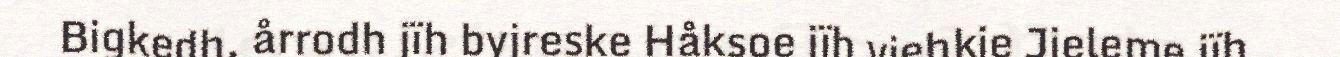
Bigkedh, årrodh jïh byjreske Håksoe jïh viehkie Jieleme jïh